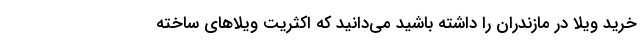
خرید ویلا در مازندران را داشته باشید می‌­دانید که اکثریت ویلاهای ساخته